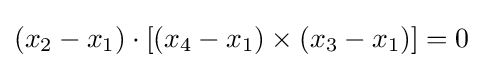
(x_{2}-x_{1})\cdot [(x_{4}-x_{1})\times (x_{3}-x_{1})]=0